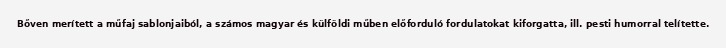
Bőven merített a műfaj sablonjaiból, a számos magyar és külföldi műben előforduló fordulatokat kiforgatta, ill. pesti humorral telítette.